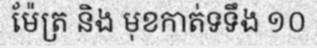
ម៉ែត្រ និង មុខកាត់ទទឹង ១០